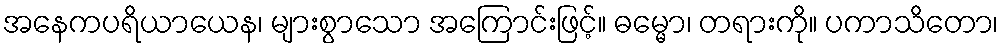
အနေကပရိယာယေန၊ များစွာသော အကြောင်းဖြင့်။ ဓမ္မော၊ တရားကို။ ပကာသိတော၊